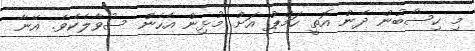
މި ހިސާބުން ދެން އޮތީ ހަމްޕް އަށް މުޅިން އެހެން ސުވާލެކެވެ. އޭނާ